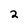
Character: 2